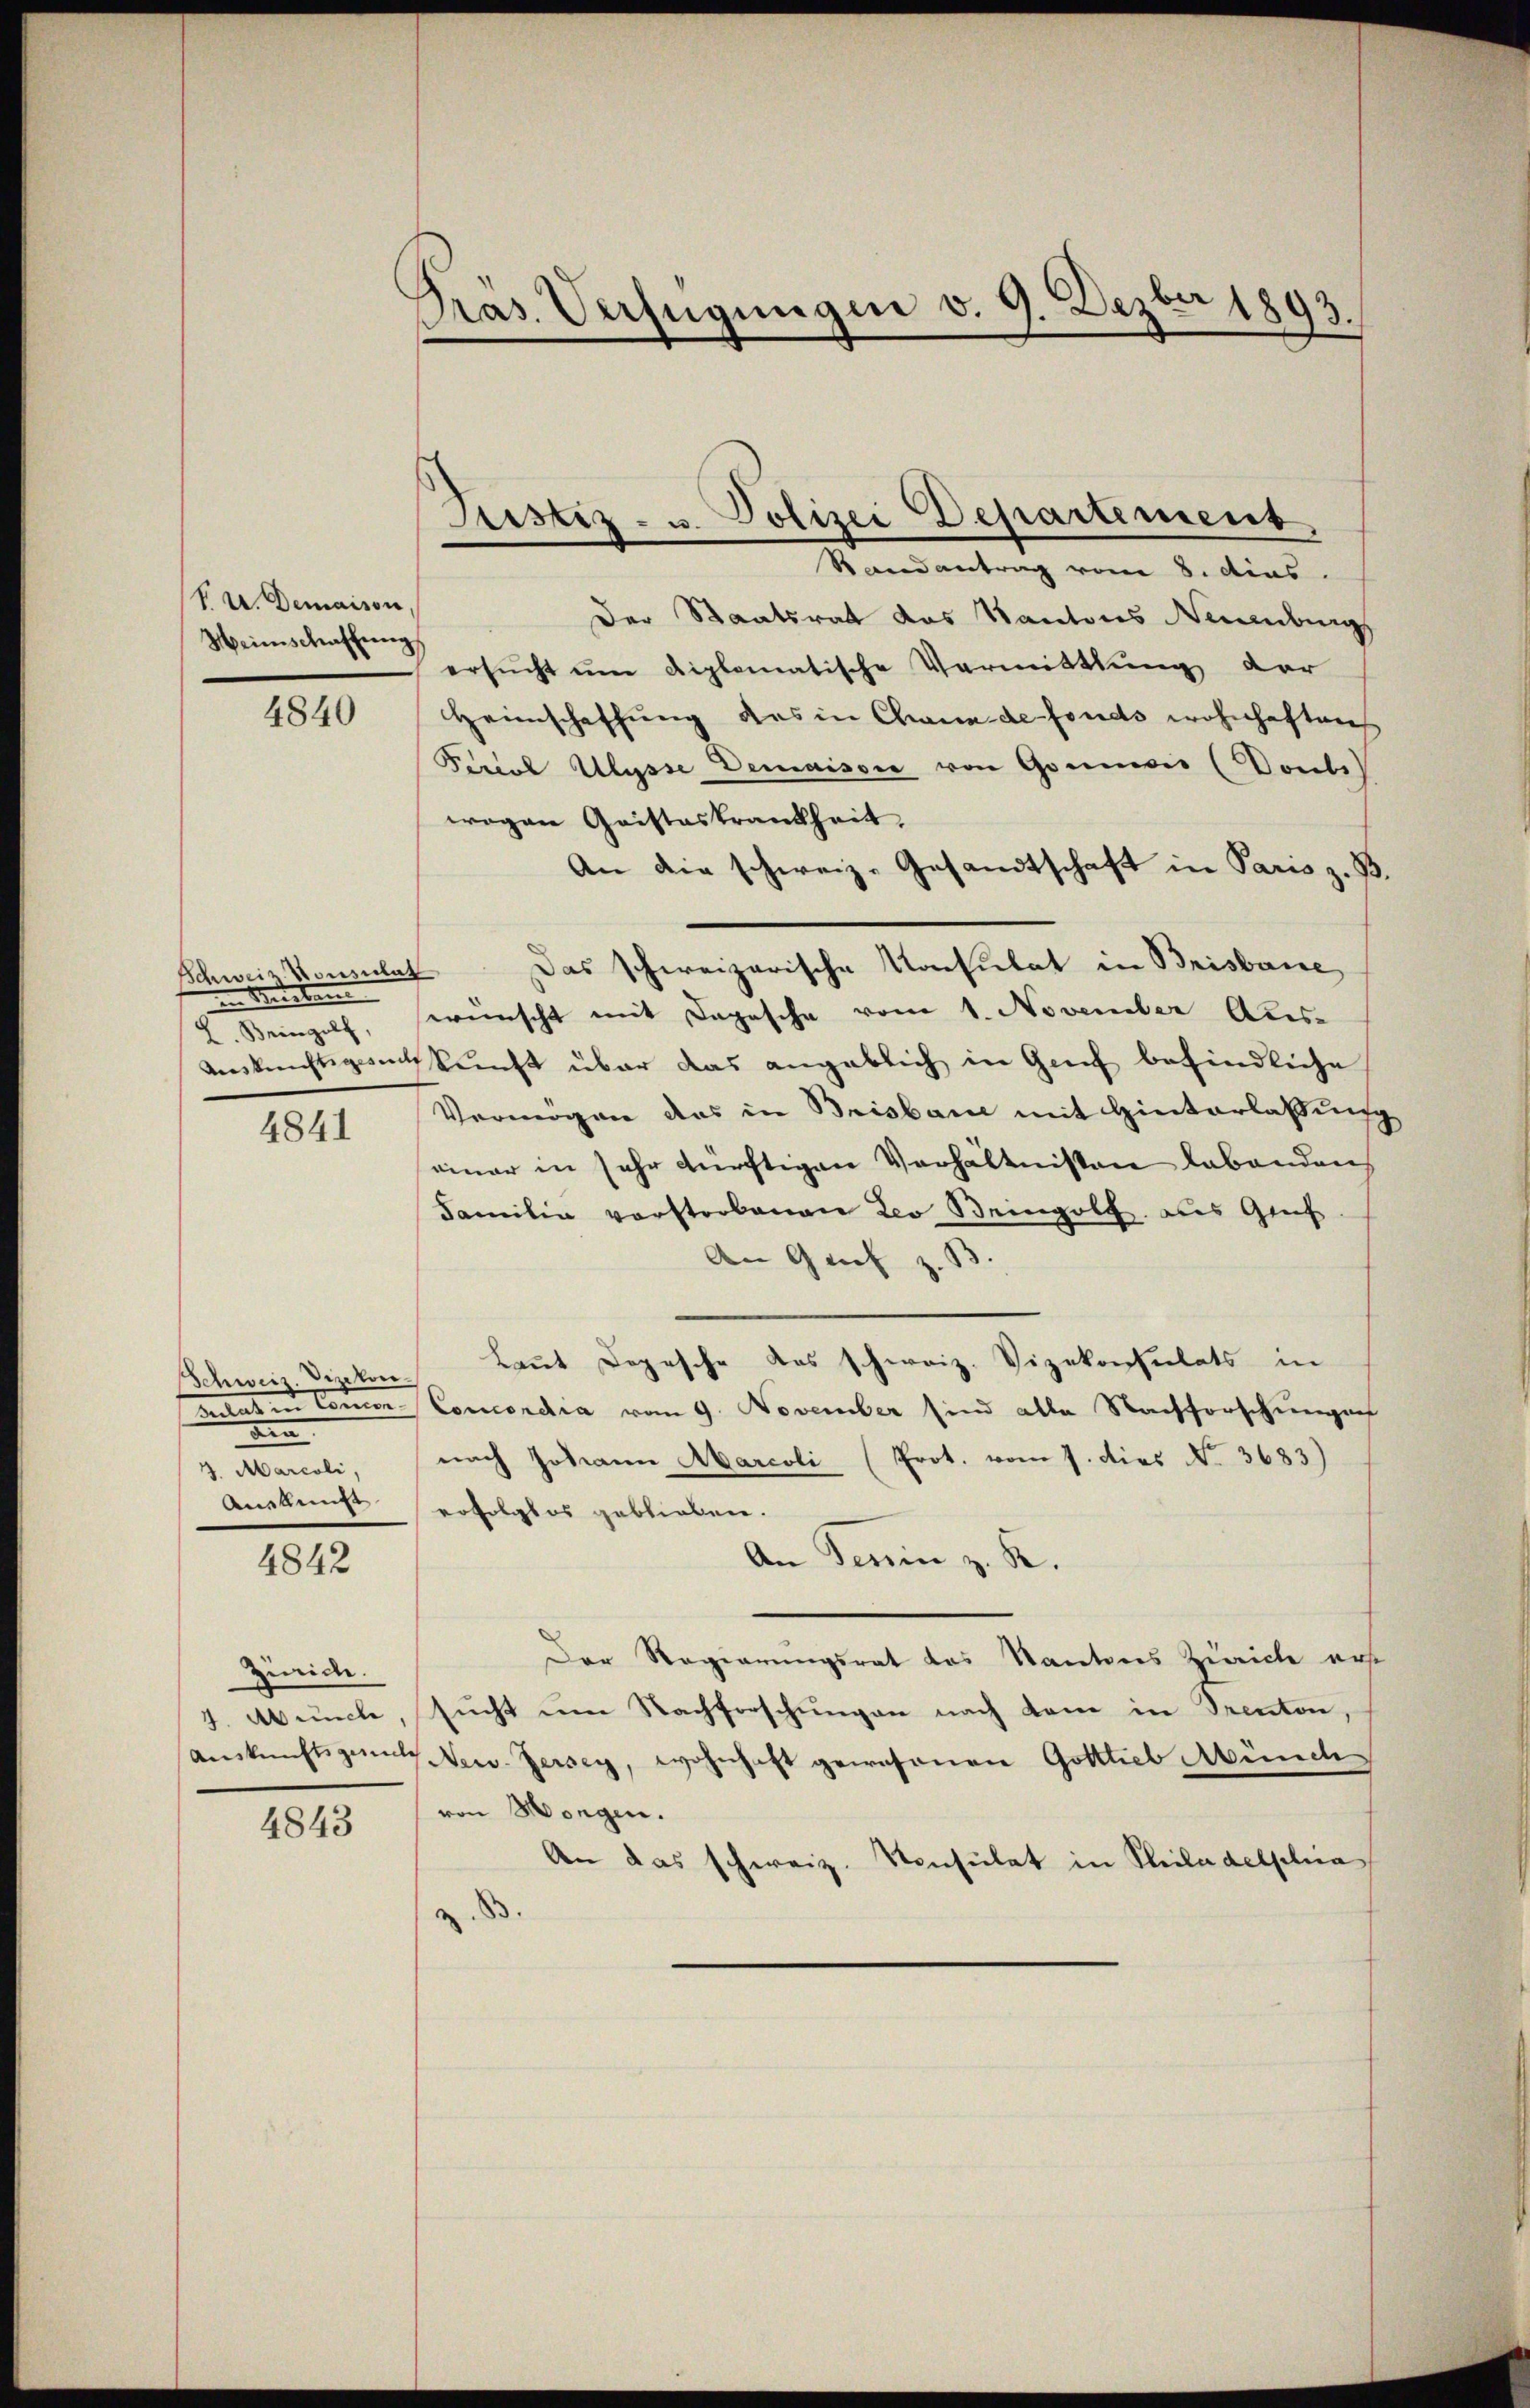
f u. Demaison,
Meinschaffŭng

4840

Schweiz. Konsulat
in Meisten
2. Seinzelf

4841

Schweiz. Vizekon
din
3. Marcoli,
Anstunge

4842

Zürich.

4843

Pras. Verfügungen v. 9. Dezbr 1893.

Der Staatsrat das Kantons Neuenburg
ersucht um diplomatische Vermittlung der
Heimschaffung des in Chann de fonds wohnhaften
Periol Ulysse Demaison von Gomme (Vonli
wogen Geisteskrankheit,
An die schweiz. Gesandtschaft in Paris z. B.
Das schweizerische Konsulat in Brisbaue,
wünscht mit Depesche vom 1. November Aus-
Ankünftigenskunft über das angeblich in Genf befindliche
Vermögen das in Brisbar mit Hinterlaßung
einer in sehr dürftigen Verhältnissen lebenden
Familia vorstrebenen Leo Weingolf aus Ges.
An Genf z. B
Laut Dogesche das schweiz. Vizekonsulats in
las in Loren Concordia vom 9. November sind alle Nachforschungen
nach Johann Marcoli (Prot. vom 7. dies No. 3683)
erfolgtes geblieben.
An Perin z. R.
Der Regierungsrat das Kantons Zürich erst
2. Wuche, sucht um Nachforschungen nach den in Prenton,
Aŭskŭnftsgan New-Jersey, wohnhaft gewesenen Gottlieb Münch
von Morgen.
An das schweiz. Konsulat in Philadellna

Justiz- u. Polizei Departement
Randantrag vom 8. dies